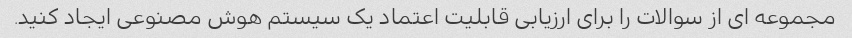
مجموعه ای از سوالات را برای ارزیابی قابلیت اعتماد یک سیستم هوش مصنوعی ایجاد کنید.